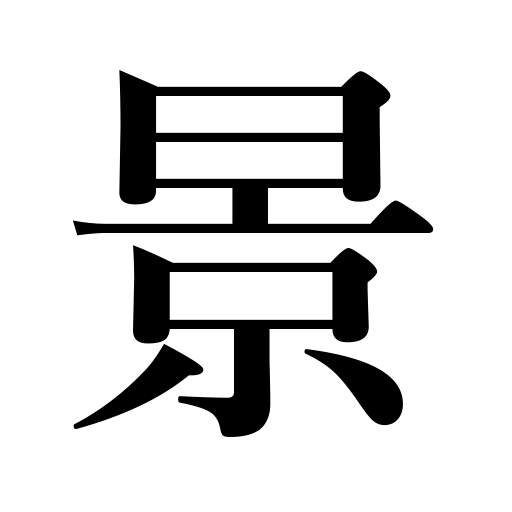
Meanings: scene,view